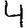
Digit: 4